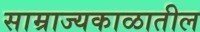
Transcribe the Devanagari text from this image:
साम्राज्यकाळातील